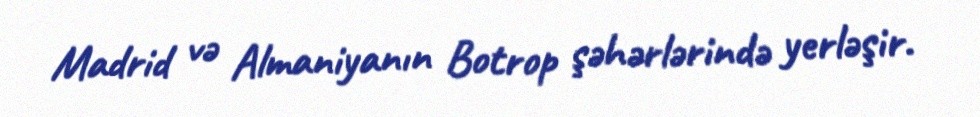
Madrid və Almaniyanın Botrop şəhərlərində yerləşir.